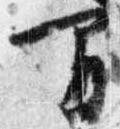
間